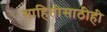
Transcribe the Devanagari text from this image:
माहितीसाठीही